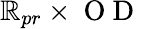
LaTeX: \mathbb{R}_{pr}\times\mathrm{{~O~D~}}